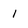
Character: l